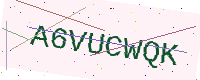
Text: A6VUCWQK